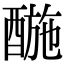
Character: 𨡪